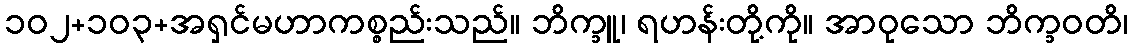
၁၀၂+၁၀၃+အရှင်မဟာကစ္စည်းသည်။ ဘိက္ခူ၊ ရဟန်းတို့ကို။ အာဝုသော ဘိက္ခဝတိ၊